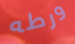
ورطه